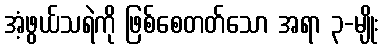
အံ့ဖွယ်သရဲကို ဖြစ်စေတတ်သော အရာ ၃-မျိုး